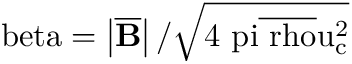
\mathrm { \ b e t a = \left| \overline { { \mathbf { B } } } \right| / \sqrt { 4 \ p i \overline { { \ r h o } } u _ { c } ^ { 2 } } }